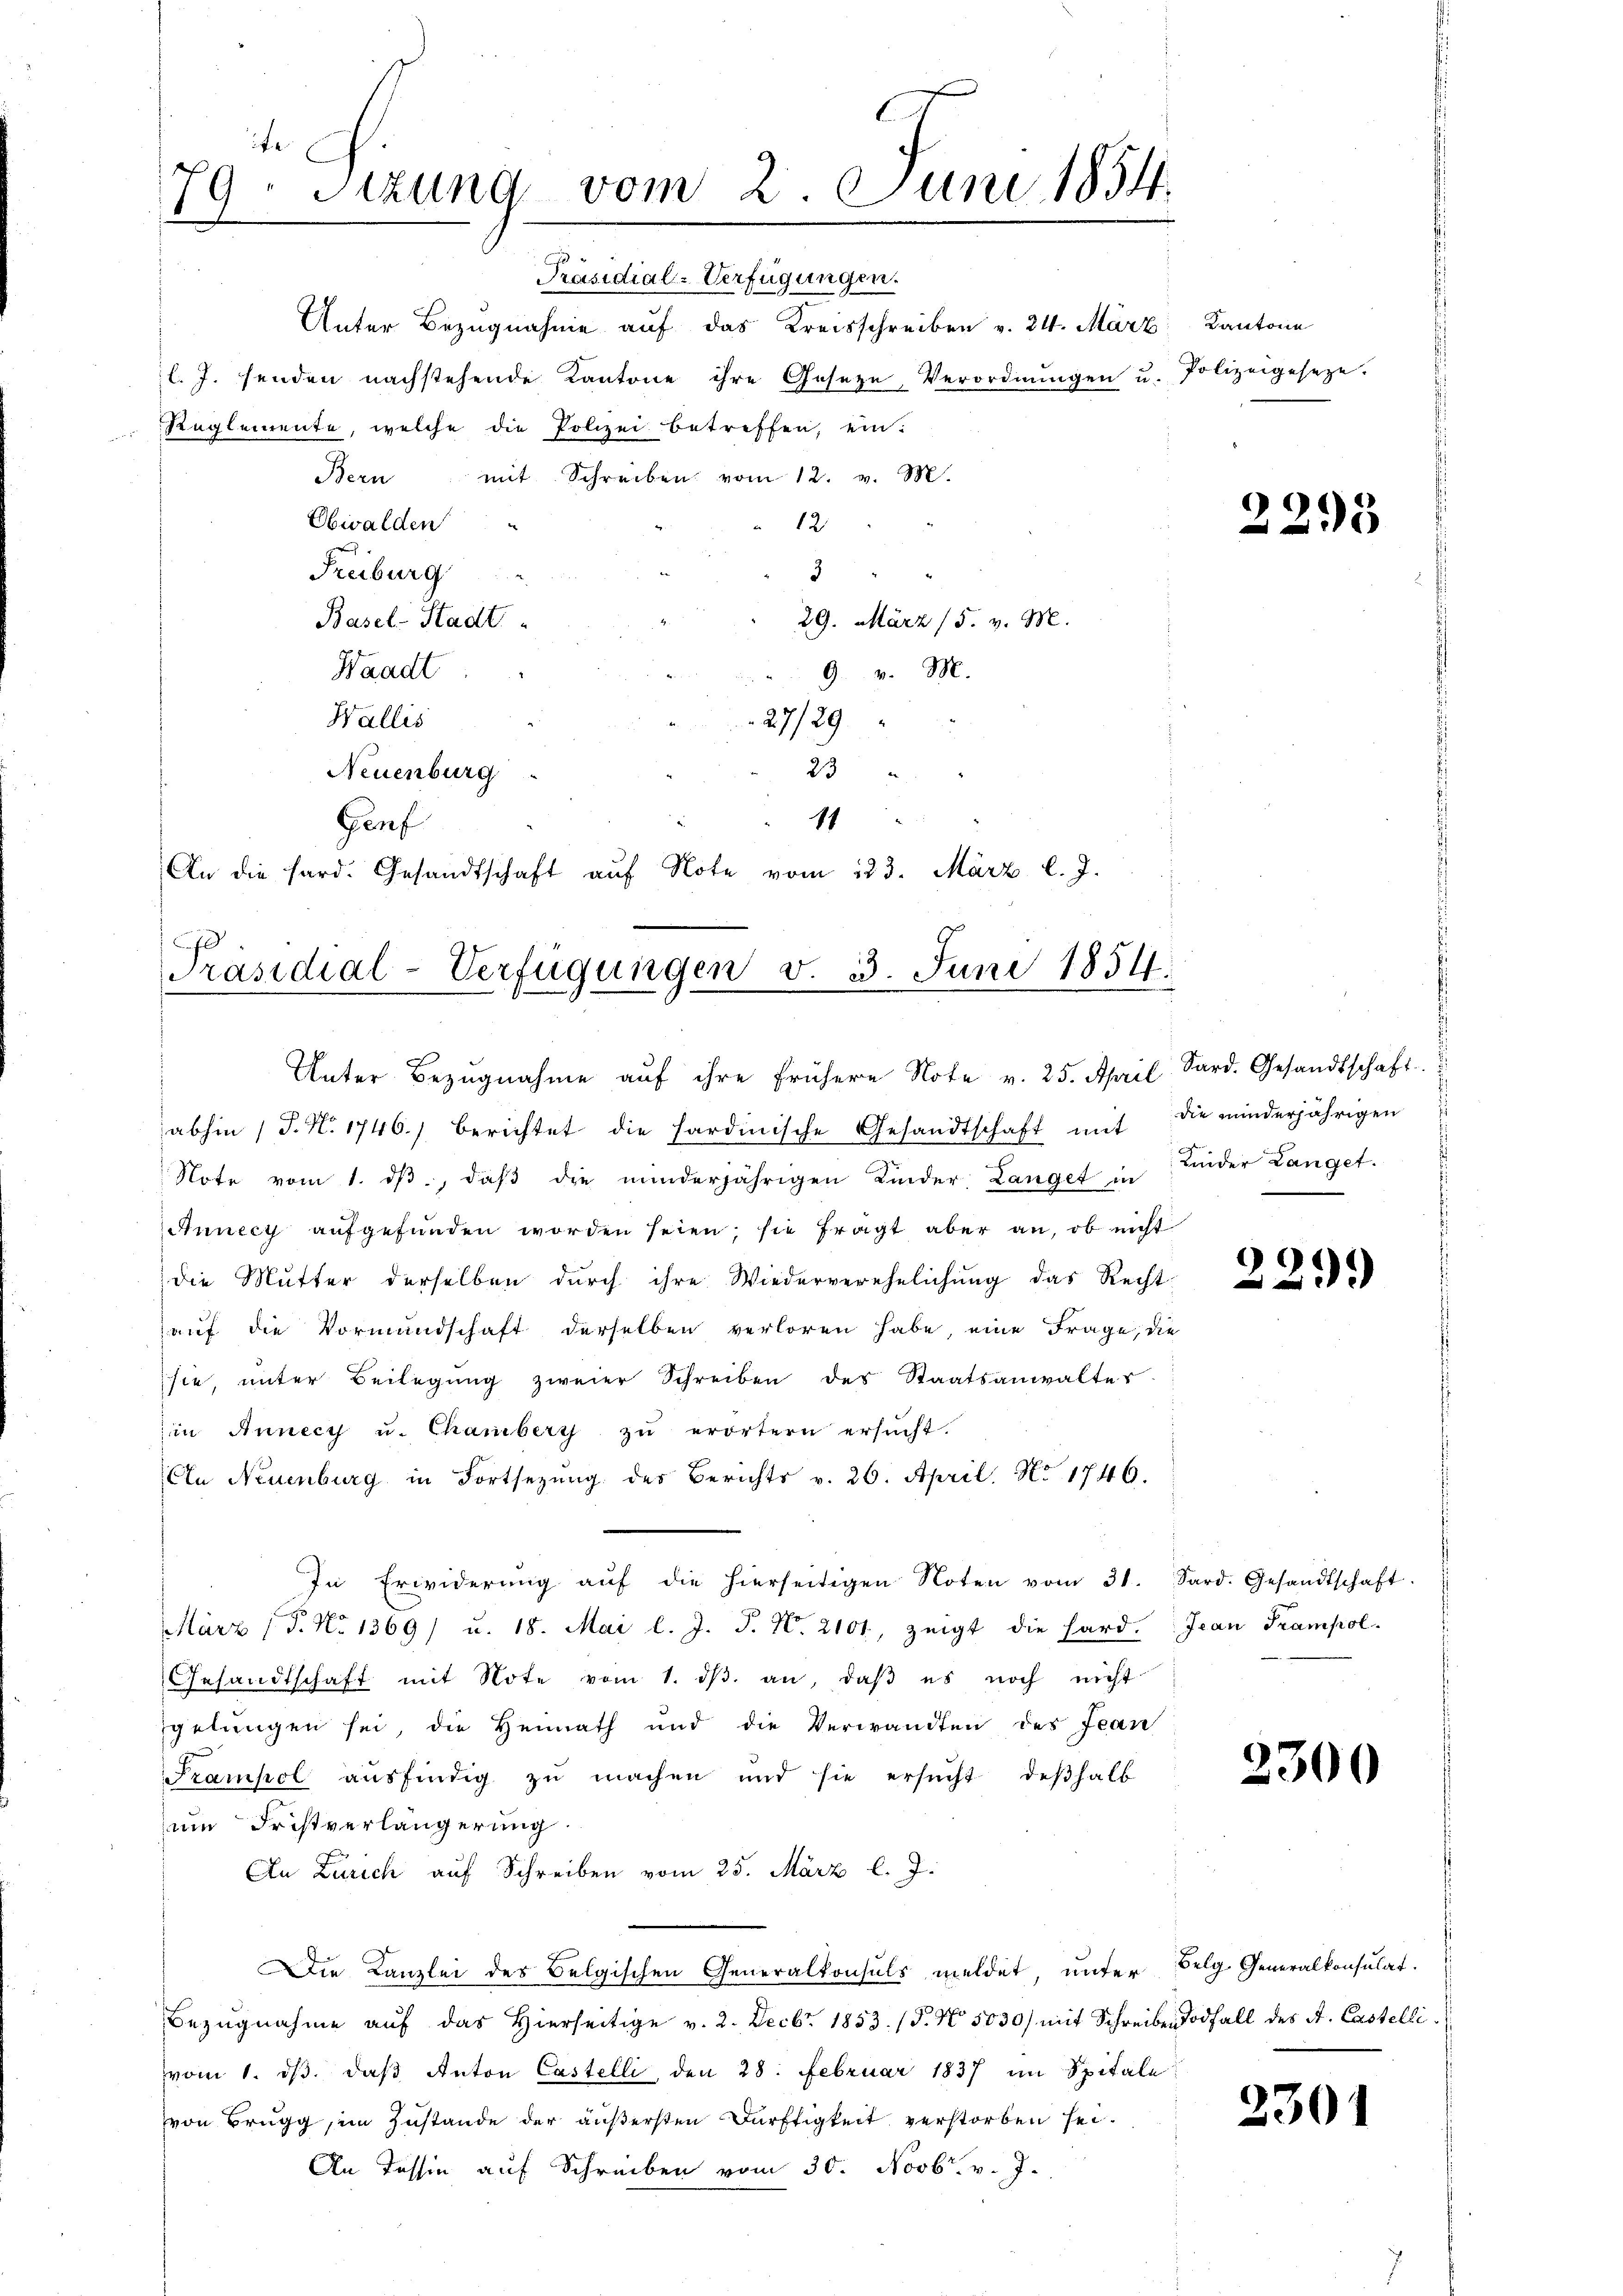
19. Sizung vom 2. Juni 1854.
1

Unter Bezugnahme auf das Kreisschreiben v. 24. März Kantone
l. J. senden nachstehende Kantone ihre Gesetze, Verordnŭngen u. Polizeigesetze.
Reglemente, welche die Polizei betreffen, ein:
Bern mit Schreiben vom 12. v. M.
Obwalden
12
Freiburg
3
Basel-Stadt
29. März (5. v. M.
Waadt
9. v. M.
Wallis
27/29
23 "
Neuenburg
d
11
Genf
An die hard. Gesandtschaft auf Note vom 123. März l. J.

Präsidial-Verfügungen.

0
Präsidial-Verfügungen v. 3. Juni 1854.
Unter Bezugnahme aŭf ihre frühere Note v. 25. April. Sard. Gesandtschaft

abhin (T. N. 1746.) berichtet die hardinische Gesandtschaft mit
Note vom 1. dβ, daβ die minderjährigen Kinder Langet in
Annecy aŭfgefŭnden worden seien; sie fragt aber an, ob nicht
die Mutter derselben durch ihre Wiederverehelichung das Recht
auf die Vormundschaft derselben verloren habe, eine Frage, die
sie, ŭnter Beilegŭng zweier Schreiben des Staatsanwalter
in Annecy u. Chamberg zu erörtern ersucht.
En Neuenburg in Fortsezung des Berichts v. 26. April, No 1746.
In Erwiderŭng aŭf die hierseitigen Noten vom 31. Sard. Gesandtschaft.
März (T. No 1369) u. 18. Mai l. J. J. N. 2101, zeigt die hard. Jean Krampol.
Gesandtschaft mit Note vom 1. dβ an, daβ es noch nicht
gelungen sei, die Heimath und die Verwandten des Jean
Srampel ausfindig zu machen und sie ersucht, deßhalb
zum Fristverlängerung.
An Zürich auf Schreiben vom 25. März l. J.
Die Kanzlei des Belgischen Generalkonsuls meldet, unter Belg. Generalkonsulat.
Bezŭgnahme aŭf das hierseitige v. 2. Decbr. 1853. (T. No. 5030) mit Schreiben Todfall des A. Castellivom 1. dβ. daβ Anton Castelli den 28. Februar 1837 im Spitale
von Brugg, in Zustande der äußersten Dürftigkeit verstorben sei.
An Tessin auf Schreiben vom 30. Novbr. v. J.

2295

s
die minderjährigen
Kinder Langet.

229)

2300

2301